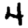
Digit: 4